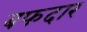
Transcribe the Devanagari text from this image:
बफदार